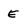
Character: e